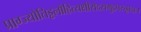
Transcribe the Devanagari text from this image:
प्राग्ज्योतिड्ढलौहित्यक्षीरोदसमुद्रपरुड्ढादाः।